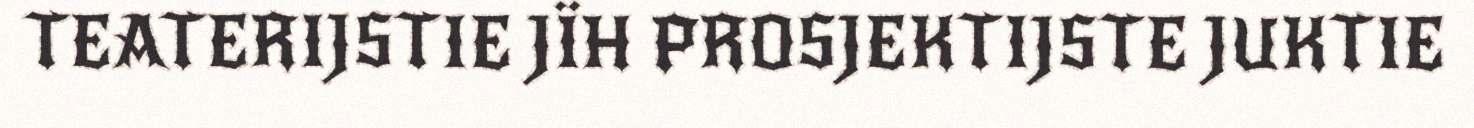
TEATERIJSTIE JÏH PROSJEKTIJSTE JUKTIE